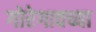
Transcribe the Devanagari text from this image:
गोरेगावच्या